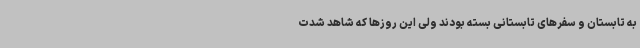
به تابستان و سفرهای تابستانی بسته بودند ولی این روزها که شاهد شدت